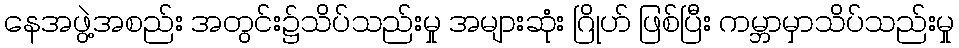
နေအဖွဲ့အစည်း အတွင်း၌သိပ်သည်းမှု အများဆုံး ဂြိုဟ် ဖြစ်ပြီး ကမ္ဘာမှာသိပ်သည်းမှု